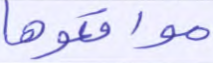
مواقعوها